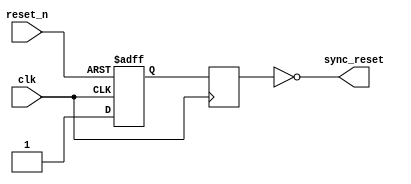
module async_reset_synchronizer (
    input wire reset_n, // Active low asynchronous reset signal
    input wire clk,     // Clock signal
    output reg sync_reset // Synchronized reset signal (active low)
);

// Internal signals for the two flip-flops
reg ff1, ff2;

always @(posedge clk or negedge reset_n) begin
    if (!reset_n) begin
        ff1 <= 1'b0; // Capture reset_n asynchronously
    end else begin
        ff1 <= 1'b1; // Release reset
    end
end

always @(posedge clk) begin
    ff2 <= ff1; // Synchronize ff1 to ff2
end

// Synchronized reset output
assign sync_reset = ~ff2; // Invert ff2 for active low output

endmodule